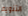
التنويم